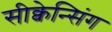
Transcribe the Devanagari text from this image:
सीक्वेन्सिंग